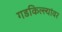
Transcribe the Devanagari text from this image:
गडकिल्ल्यांवर